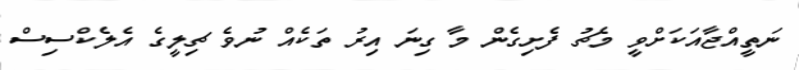
ނަތީއްޖާއަކަށްވީ މެޗު ފެށިގެން މާ ގިނަ އިރު ތަކެއް ނުވެ ޗިލީގެ އެލެކްސިސް